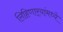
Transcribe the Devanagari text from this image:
लिहिणार्‍यांमध्ये